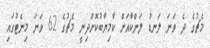
މެޗުގެ ދެ ވަނަ ލަނޑު ލަންކާއަށް ކާމިޔާބުކޮށްދިނީ މެޗުގެ 62 ވަނަ މިނެޓުގައި